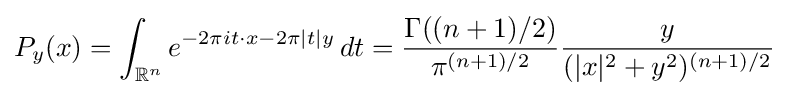
P_{y}(x)=\int _{\mathbb {R} ^{n}}e^{-2\pi it\cdot x-2\pi |t|y}\,dt={\frac {\Gamma ((n+1)/2)}{\pi ^{(n+1)/2}}}{\frac {y}{(|x|^{2}+y^{2})^{(n+1)/2}}}